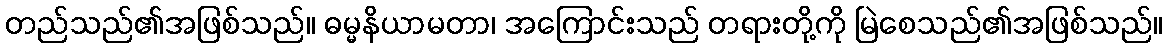
တည်သည်၏အဖြစ်သည်။ ဓမ္မနိယာမတာ၊ အကြောင်းသည် တရားတို့ကို မြဲစေသည်၏အဖြစ်သည်။